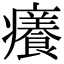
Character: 癢